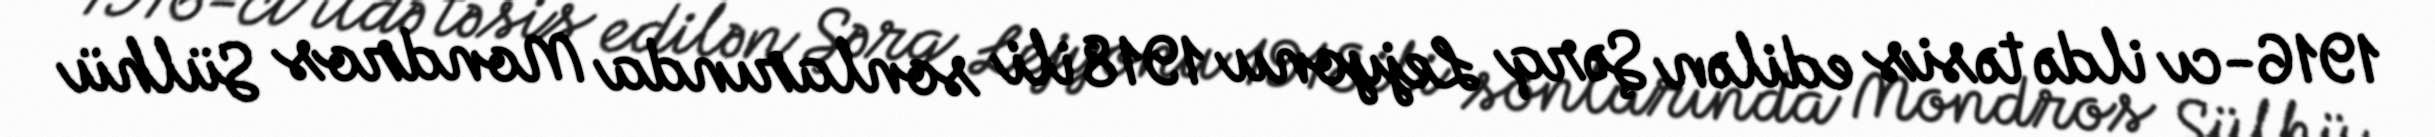
1916-cı ildə təsis edilən Şərq Lejyonu 1918 ili sonlarında Mondros Sülhü